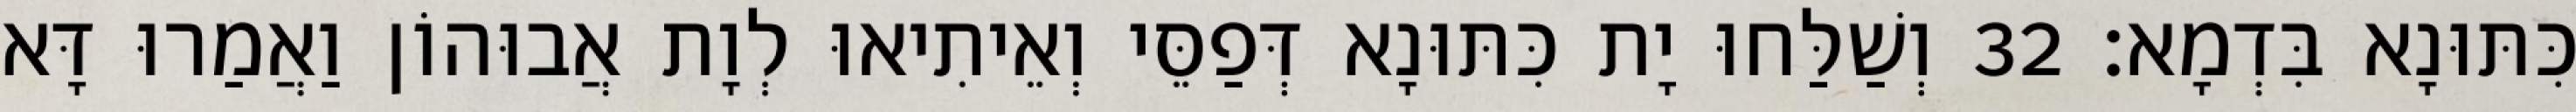
כִּתּוּנָא בִּדְמָא׃ 32 וְשַׁלַּחוּ יָת כִּתּוּנָא דְּפַסֵּי וְאֵיתִיאוּ לְוָת אֲבוּהוֹן וַאֲמַרוּ דָּא